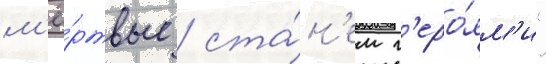
м'ё́ртвые / ста́н'ем г'еро́ям'и"